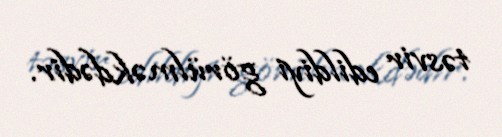
təsvir edildiyi görülməkdədir.